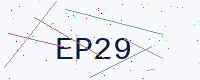
Text: EP29